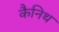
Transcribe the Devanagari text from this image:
कैनिथ